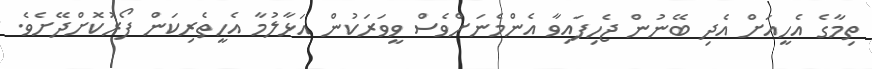
ތިމާގެ އެހީއަށް އެދި ބޭނުން ޖެހިފައިވާ އެންމެނަށްވެސް ވީވަރަކުން އަޅާލުމާ އެހީތެރިކަން ފޯރުކޮށްދޭށެވެ.